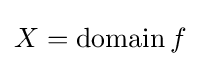
X=\operatorname {domain} f